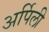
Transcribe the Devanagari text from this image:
अर्पिली